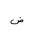
Letter: _dad